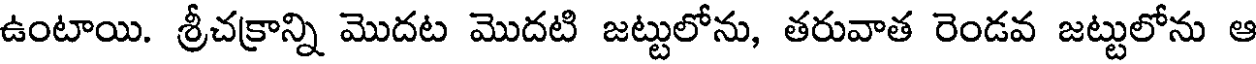
ఉంటాయి. శ్రీచక్రాన్ని మొదట మొదటి జట్టులోను, తరువాత రెండవ జట్టులోను ఆ